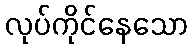
လုပ်ကိုင်နေသော